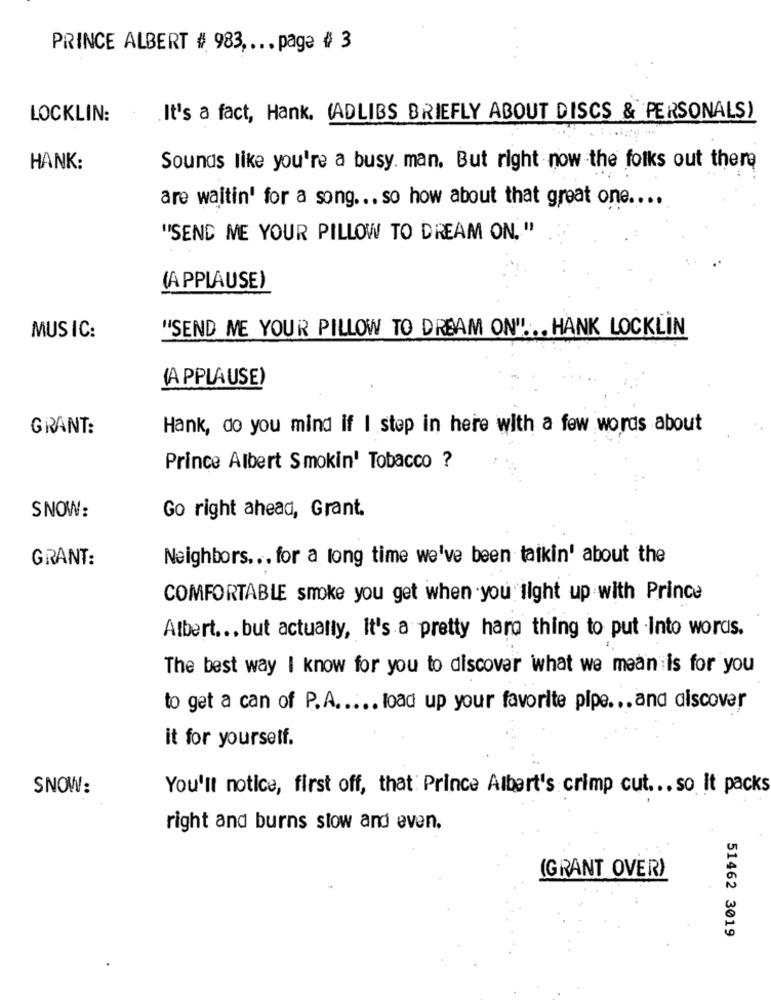
PRINCE ALBERT # 983 ,... page # 3
LOCKLIN:
It's a fact, Hank. (ADLIBS BRIEFLY ABOUT DISCS & PERSONALS)
HANK :
Sounds like you're a busy. man. But right now the folks out there
are waitin' for a song ... so how about that great one ....
"SEND ME YOUR PILLOW TO DREAM ON, "
(APPLAUSE)
"SEND ME YOUR PILLOW TO DREAM ON" ... HANK LOCKLIN
MUSIC:
(APPLAUSE)
GRANT:
Hank, do you mind if I step in here with a few words about
Prince Albert Smokin' Tobacco ?
Go right ahead, Grant.
SNOW:
GRANT:
Neighbors ... for a long time we've been talkin' about the
COMFORTABLE smoke you get when you light up with Prince
Albert ... but actually, It's a pretty hard thing to put Into words.
The best way I know for you to discover what we mean is for you
to get a can of P.A ..... load up your favorite pipe ... and discover
it for yourself.
SNOW:
You'it notice, first off, that Prince Albert's crimp cut ... so It packs
right and burns slow and even.
(GRANT OVER)
51462 3019